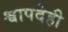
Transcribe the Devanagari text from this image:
श्वापदेही